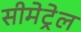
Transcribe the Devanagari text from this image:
सीमेट्रेल